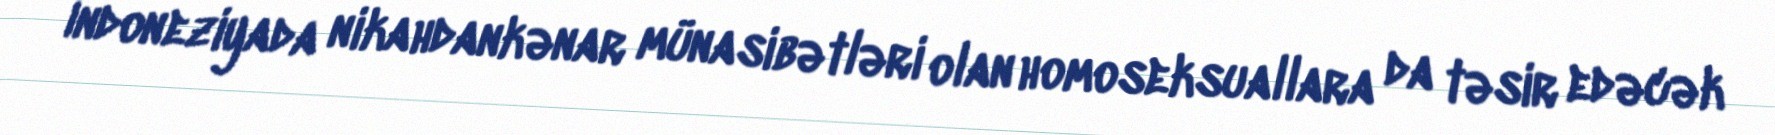
İndoneziyada nikahdankənar münasibətləri olan homoseksuallara da təsir edəcək